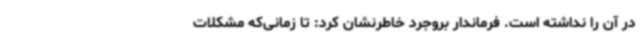
در آن را نداشته است. فرماندار بروجرد خاطرنشان کرد: تا زمانی‌که مشکلات